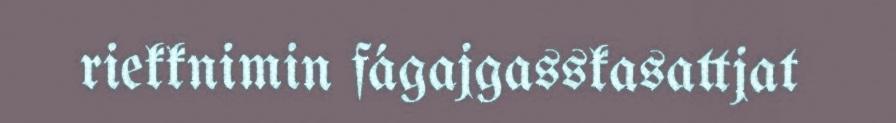
riekknimin fágajgasskasattjat